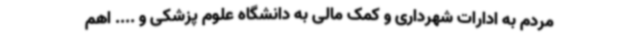
مردم به ادارات شهرداری و کمک مالی به دانشگاه علوم پزشکی و .... اهم